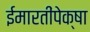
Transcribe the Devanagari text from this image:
ईमारतींपेक्षा